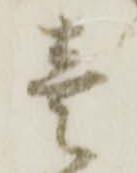
壱